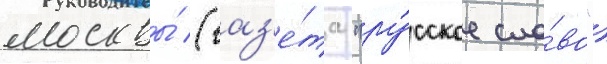
москвы́ (газ'е́та "ру́сское сло́во")